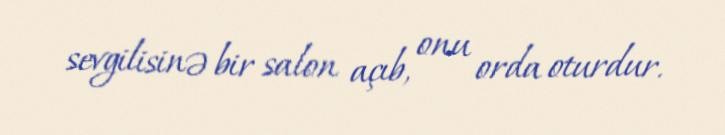
sevgilisinə bir salon açıb, onu orda oturdur.